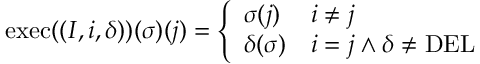
\begin{array} { r } { \mathrm { e x e c } ( ( I , i , \delta ) ) ( \sigma ) ( j ) = \left\{ \begin{array} { l l } { \sigma ( j ) } & { i \neq j } \\ { \delta ( \sigma ) } & { i = j \wedge \delta \neq \mathrm { D E L } } \end{array} \right. } \end{array}